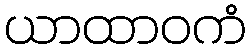
ယာထာဝကံ